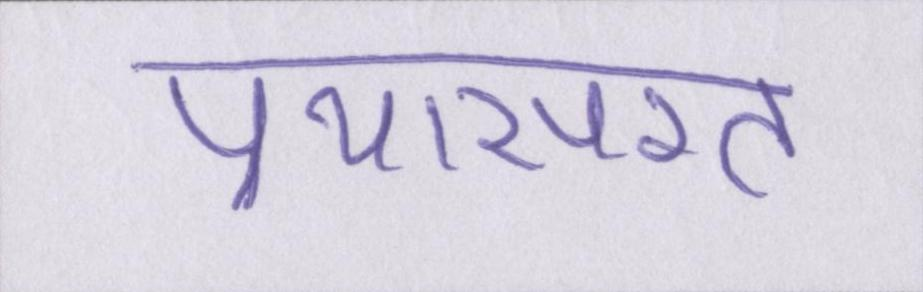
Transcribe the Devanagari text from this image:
प्रयासरत